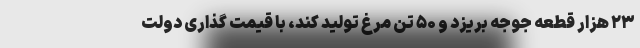
۲۳ هزار قطعه جوجه بریزد و ۵۰ تن مرغ تولید کند، با قیمت گذاری دولت